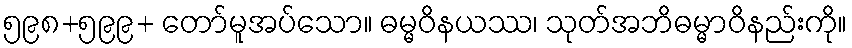
၅၉၈+၅၉၉+ တော်မူအပ်သော။ ဓမ္မဝိနယဿ၊ သုတ်အဘိဓမ္မာဝိနည်းကို။